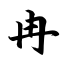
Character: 冉